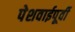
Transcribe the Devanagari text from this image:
पेशवाईपूर्वी